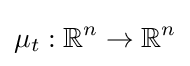
\mu _{t}:\mathbb {R} ^{n}\to \mathbb {R} ^{n}